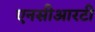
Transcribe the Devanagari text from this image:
एनसीआरटी